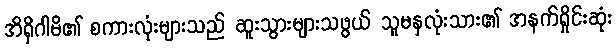
အိရှိဂါမိ၏ စကားလုံးများသည် ဆူးသွားများသဖွယ် သူမနှလုံးသား၏ အနက်ရှိုင်းဆုံး